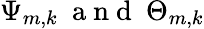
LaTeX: \Psi_{m,k}\ \mathrm{~a~n~d~}\ \Theta_{m,k}